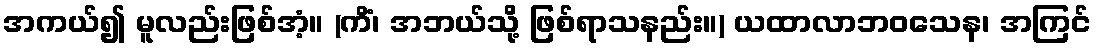
အကယ်၍ မူလည်းဖြစ်အံ့။ (ကိံ၊ အဘယ်သို့ ဖြစ်ရာသနည်း။) ယထာလာဘဝသေန၊ အကြင်